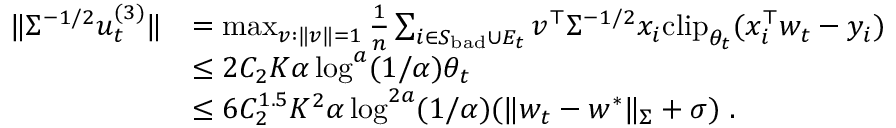
\begin{array} { r l } { \| \Sigma ^ { - 1 / 2 } u _ { t } ^ { ( 3 ) } \| } & { = \operatorname* { m a x } _ { v : \| v \| = 1 } \frac { 1 } { n } \sum _ { i \in S _ { \mathrm { b a d } } \cup E _ { t } } v ^ { \top } \Sigma ^ { - 1 / 2 } x _ { i } \mathrm { c l i p } _ { \theta _ { t } } ( x _ { i } ^ { \top } w _ { t } - y _ { i } ) } \\ & { \leq 2 C _ { 2 } K \alpha \log ^ { a } ( 1 / \alpha ) \theta _ { t } } \\ & { \leq 6 C _ { 2 } ^ { 1 . 5 } K ^ { 2 } \alpha \log ^ { 2 a } ( 1 / \alpha ) ( \| w _ { t } - w ^ { * } \| _ { \Sigma } + \sigma ) \; . } \end{array}